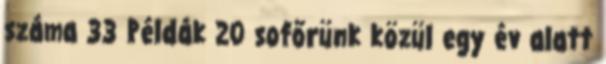
száma 33 Példák 20 sofőrünk közül egy év alatt